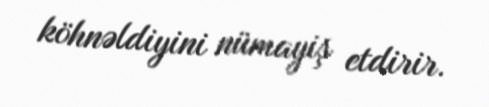
köhnəldiyini nümayiş etdirir.